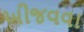
ખીજવવા